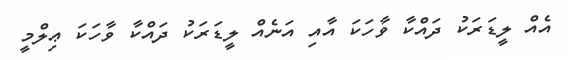
އެއް ލީޑަރަކު ދައްކާ ވާހަކަ އާއި އަނެއް ލީޑަރަކު ދައްކާ ވާހަކަ ޢިލްމީ